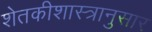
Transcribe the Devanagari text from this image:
शेतकीशास्त्रानुसार